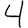
Digit: 4